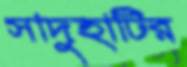
সাদুহাটির